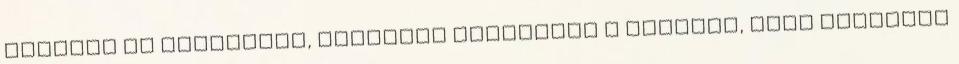
álltunk az indulásra, mindenki felszállt a kocsira, majd Haruhiko